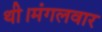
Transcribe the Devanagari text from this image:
थी।मंगलवार